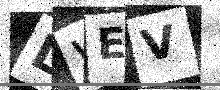
Text: LWEV